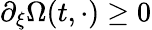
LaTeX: \partial_{\xi}\Omega(t,\cdot)\geq 0